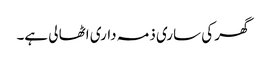
گھر کی ساری ذمہ داری اٹھا لی ہے۔